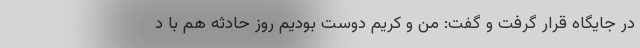
در جایگاه قرار گرفت و گفت: من و کریم دوست بودیم روز حادثه هم با د